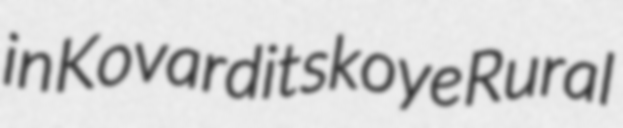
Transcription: in Kovarditskoye Rural